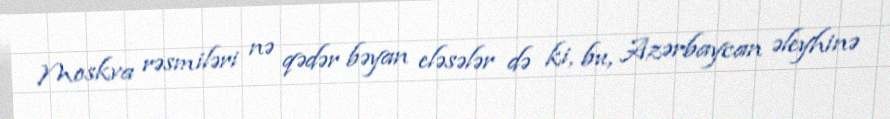
Moskva rəsmiləri nə qədər bəyan eləsələr də ki, bu, Azərbaycan əleyhinə